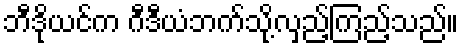
ဘီဒိုယင်က ဂီဒီယံဘက်သို့လှည့်ကြည့်သည်။